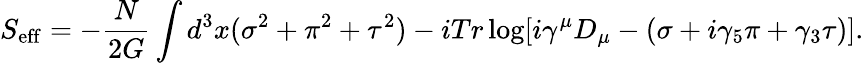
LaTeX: S_{\mathrm{eff}}=-\frac{N}{2G}\int d^{3}x(\sigma^{2}+\pi^{2}+\tau^{2})-iTr\log[i\gamma^{\mu}D_{\mu}-(\sigma+i\gamma_{5}\pi+\gamma_{3}\tau)].